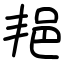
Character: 邫